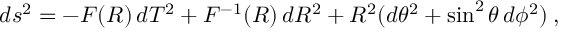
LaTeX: d s ^ { 2 } = - F ( R ) \, d T ^ { 2 } + F ^ { - 1 } ( R ) \, d R ^ { 2 } + R ^ { 2 } ( d \theta ^ { 2 } + \sin ^ { 2 } \theta \, d \phi ^ { 2 } ) \: ,